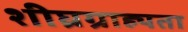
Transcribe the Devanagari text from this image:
शीघ्रग्राह्यता